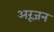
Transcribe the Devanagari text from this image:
अरूजन